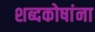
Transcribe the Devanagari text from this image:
शब्दकोषांना